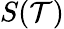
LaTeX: S(\mathcal{T})